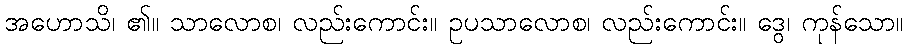
အဟောသိ၊ ၏။ သာလောစ၊ လည်းကောင်း။ ဥပသာလောစ၊ လည်းကောင်း။ ဒွေ၊ ကုန်သော။